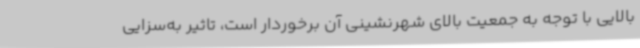
بالایی با توجه به جمعیت بالای شهرنشینی آن برخوردار است، تاثیر به‌سزایی